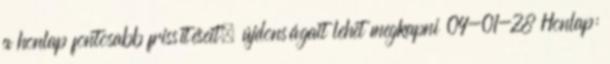
a honlap fontosabb frissítéseit, újdonságait lehet megkapni 04-01-28 Honlap: